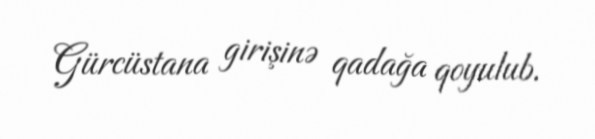
Gürcüstana girişinə qadağa qoyulub.